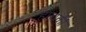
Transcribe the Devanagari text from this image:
हाथकी